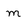
Character: m